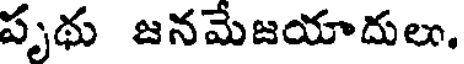
పృథు జనమేజయాదులు.